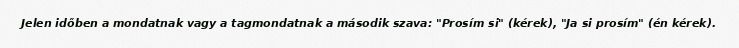
Jelen időben a mondatnak vagy a tagmondatnak a második szava: "Prosím si" (kérek), "Ja si prosím" (én kérek).